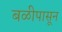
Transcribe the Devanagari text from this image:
बळीपासून